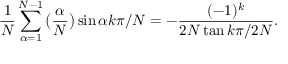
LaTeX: \frac { 1 } { N } \sum _ { \alpha = 1 } ^ { N - 1 } \big ( \frac { \alpha } { N } \big ) \sin \alpha k \pi / N = - \frac { ( - 1 ) ^ { k } } { 2 N \tan k \pi / 2 N } .